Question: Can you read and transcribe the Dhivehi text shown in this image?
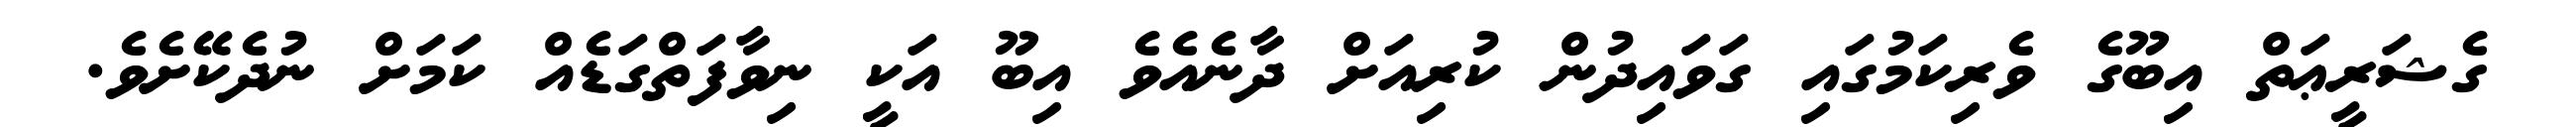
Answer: ގެޝަރީޢަތް އިބޫގެ ވެރިކަމުގައި ގަވައިދުން ކުރިއަށް ދާނެއެވެ އިބޫ އަކީ ނިވާފަތްގަޑެއް ކަމަށް ނުދެކޭށެވެ.